Annual administration report of the Civil Veterinary Department, Ajmere-Merwara, British Rajputana - 1914-1940
Year: 1914
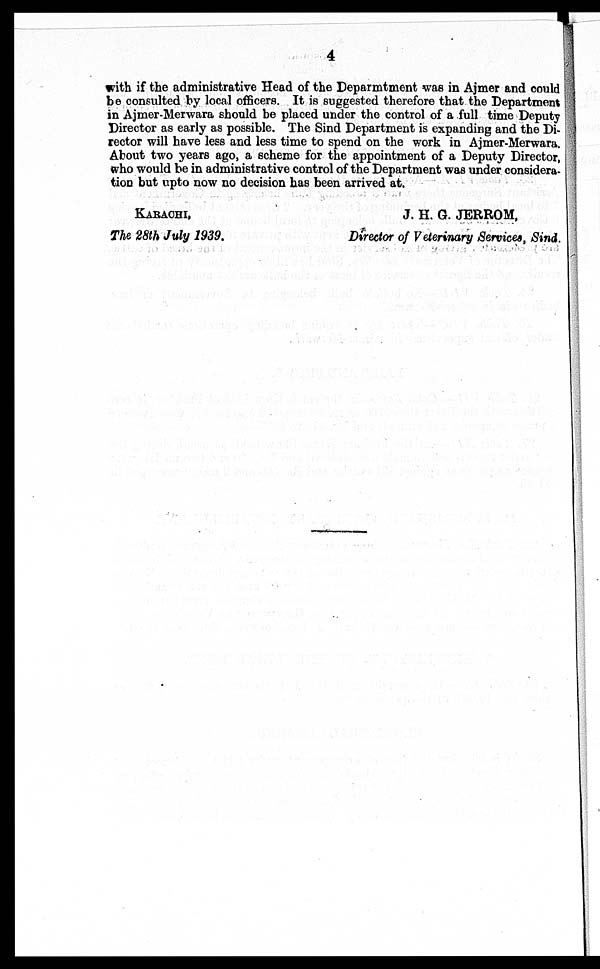
4
with if the administrative Head of the Deparmtment was in Ajmer and could
be consulted by local officers. It is suggested therefore that the Department
in Ajmer-Merwara should be placed under the control of a full time Deputy
Director as early as possible. The Sind Department is expanding and the Di-
rector will have less and less time to spend on the work in Ajmer-Merwara.
About two years ago, a scheme for the appointment of a Deputy Director,
who would be in administrative control of the Department was under considera-
tion but upto now no decision has been arrived at.
KARACHI,
The 28th July 1939.
J. H. G. JERROM,
Director of Veterinary Services, Sind.